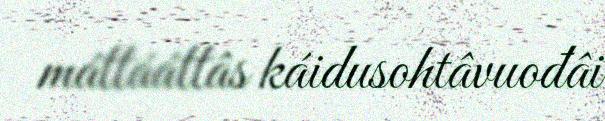
máttááttâs káidusohtâvuođâi